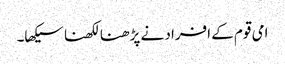
امی قوم کے افراد نے پڑھنا لکھنا سیکھا۔